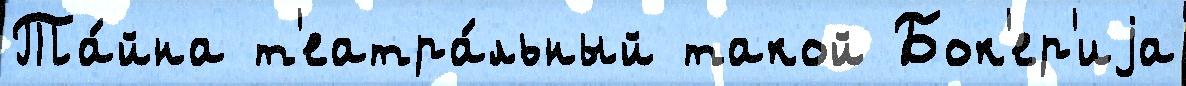
Та́йна т'еатра́льный такой Бок'ер'иjа